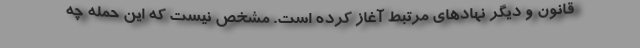
قانون و دیگر نهادهای مرتبط آغاز کرده است. مشخص نیست که این حمله چه